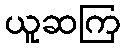
ယူဆကြ